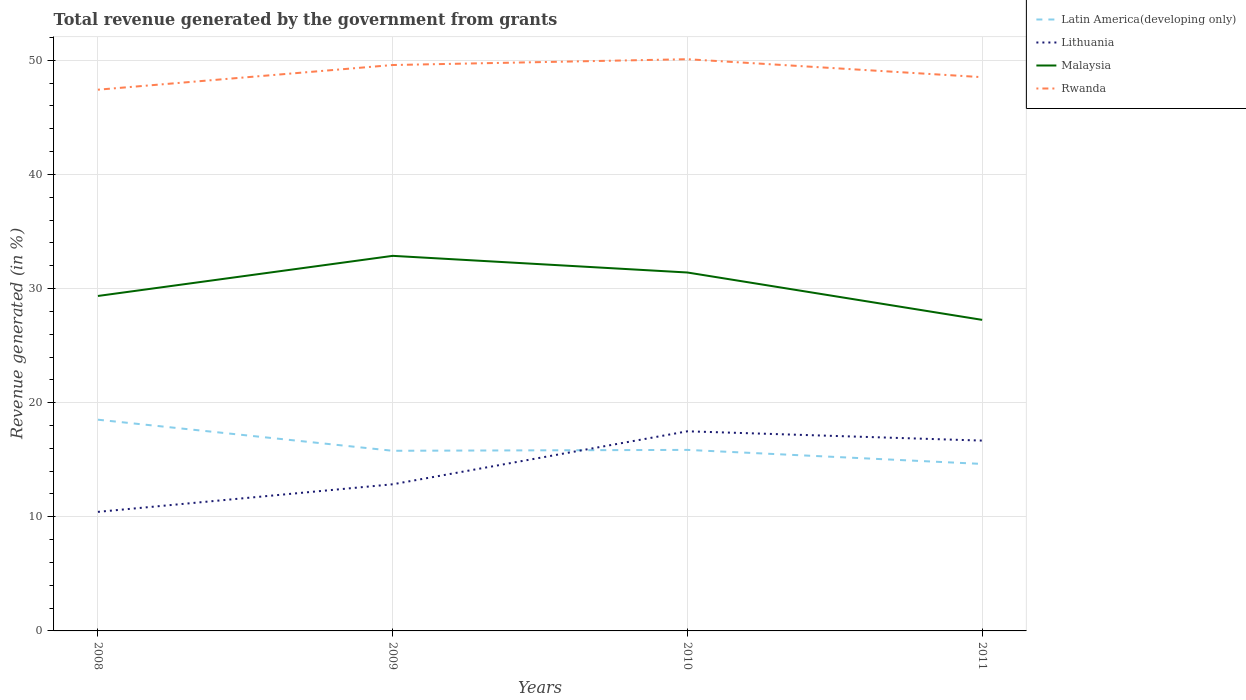
| Years | Latin America(developing only) | Lithuania | Malaysia | Rwanda |
 | --- | --- | --- | --- | --- |
 | 2008 | 18.5 | 10.4 | 29.3 | 47.4 |
 | 2009 | 15.8 | 12.8 | 32.9 | 49.6 |
 | 2010 | 15.9 | 17.5 | 31.4 | 50.1 |
 | 2011 | 14.6 | 16.7 | 27.3 | 48.5 |